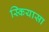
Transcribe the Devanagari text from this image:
स्कियासा